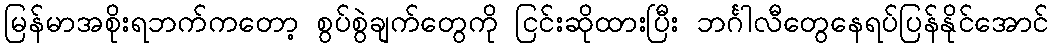
မြန်မာအစိုးရဘက်ကတော့ စွပ်စွဲချက်တွေကို ငြင်းဆိုထားပြီး ဘင်္ဂါလီတွေနေရပ်ပြန်နိုင်အောင်